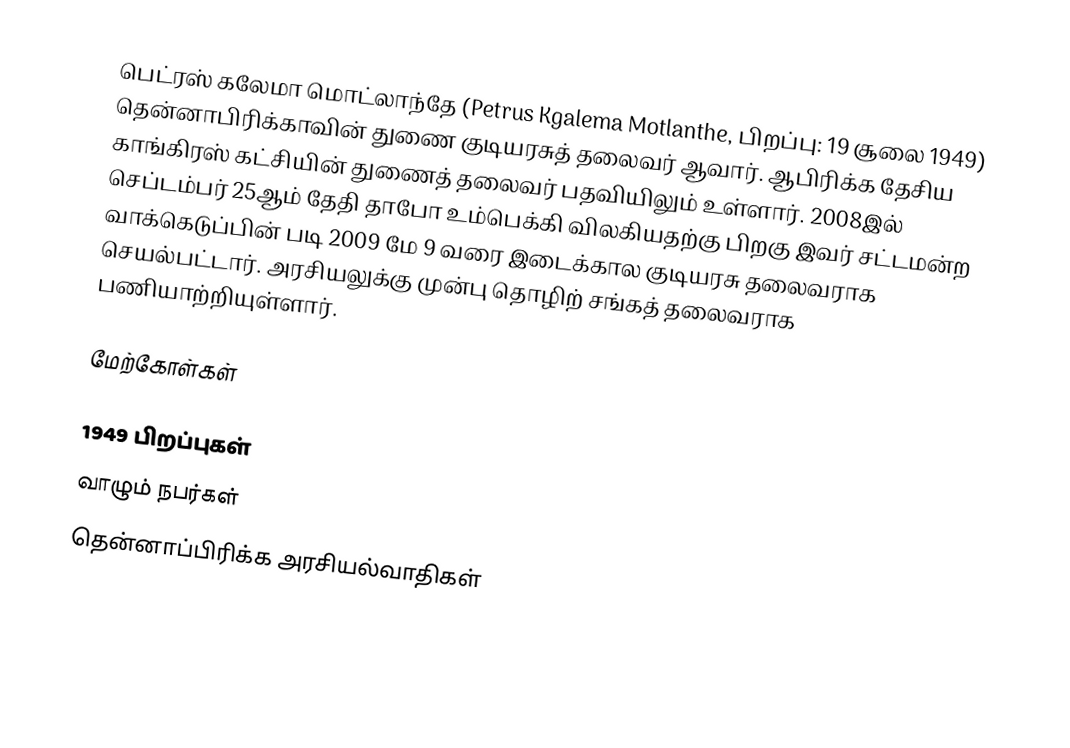
பெட்ரஸ் கலேமா மொட்லாந்தே (Petrus Kgalema Motlanthe, பிறப்பு: 19 சூலை 1949) தென்னாபிரிக்காவின் துணை குடியரசுத் தலைவர் ஆவார். ஆபிரிக்க தேசிய காங்கிரஸ் கட்சியின் துணைத் தலைவர் பதவியிலும் உள்ளார். 2008இல் செப்டம்பர் 25ஆம் தேதி தாபோ உம்பெக்கி விலகியதற்கு பிறகு இவர் சட்டமன்ற வாக்கெடுப்பின் படி 2009 மே 9 வரை இடைக்கால குடியரசு தலைவராக செயல்பட்டார். அரசியலுக்கு முன்பு தொழிற் சங்கத் தலைவராக பணியாற்றியுள்ளார்.

மேற்கோள்கள்

1949 பிறப்புகள்
வாழும் நபர்கள்
தென்னாப்பிரிக்க அரசியல்வாதிகள்